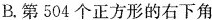
B.第504个正方形的右下角